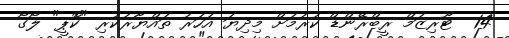
14  ޓޫރިޒަމް ރީބްރޭންޑް ކުރުމަށް މިދިޔަ އަހަރު ތައްޔާރުކުރި "ކޮޕީ" ލޯގޯ